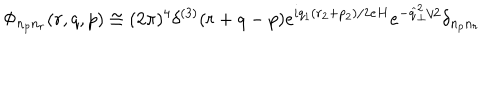
LaTeX: \Phi _ { n _ { p } n _ { r } } ( r , q , p ) \cong ( 2 \pi ) ^ { 4 } \delta ^ { ( 3 ) } ( r + q - p ) e ^ { i q _ { 1 } ( r _ { 2 } + p _ { 2 } ) / 2 e H } e ^ { - \widehat { q } _ { \perp } ^ { 2 } / 2 } \delta _ { n _ { p } n _ { r } }